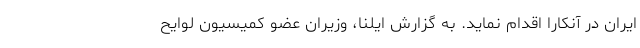
ایران در آنکارا اقدام نماید. به گزارش ایلنا، وزیران عضو کمیسیون لوایح